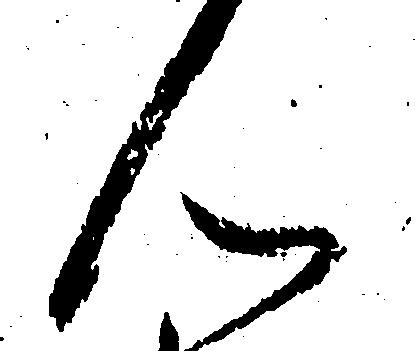
ん